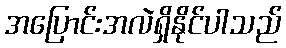
အပြောင်းအလဲရှိနိုင်ပါသည်